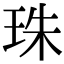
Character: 珠